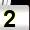
Digit: 2